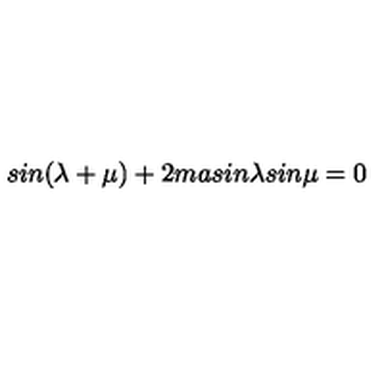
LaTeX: s i n ( \lambda + \mu ) + 2 m a s i n \lambda s i n \mu = 0